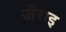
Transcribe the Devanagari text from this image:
जेंराइ